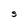
Character: S